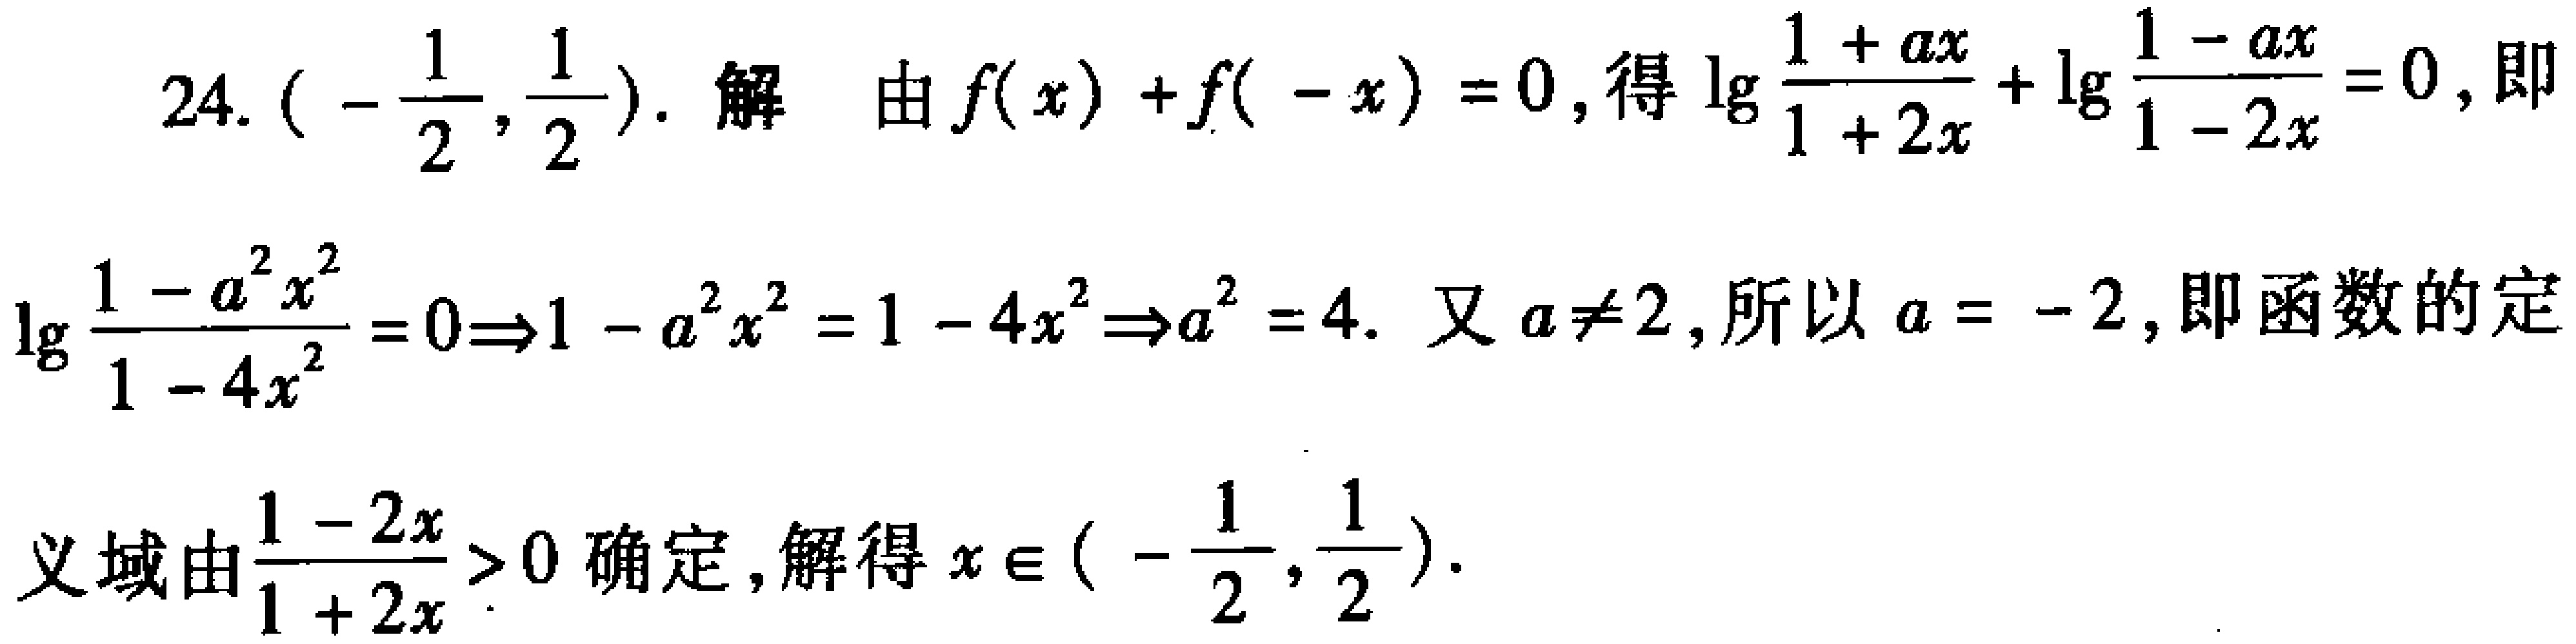
24. $\left(-\frac{1}{2},\frac{1}{2}\right)$. 解 由$f(x)+f(-x)=0$, 得$\lg\frac{1 + ax}{1 + 2x}+\lg\frac{1 - ax}{1 - 2x}=0$, 即

$\lg\frac{1 - a^{2}x^{2}}{1 - 4x^{2}}=0\Rightarrow1 - a^{2}x^{2}=1 - 4x^{2}\Rightarrow a^{2}=4$. 又$a\neq2$, 所以$a = - 2$, 即函数的定

义域由$\frac{1 - 2x}{1 + 2x}>0$确定, 解得$x\in\left(-\frac{1}{2},\frac{1}{2}\right)$.